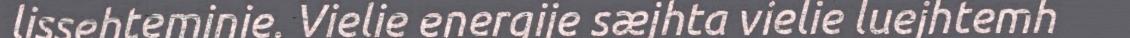
lissehteminie. Vielie energije sæjhta vielie luejhtemh